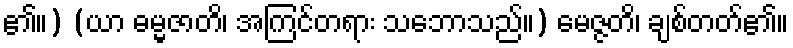
၏။) (ယာ ဓမ္မဇာတိ၊ အကြင်တရား သဘောသည်။) မေဇ္ဇတိ၊ ချစ်တတ်၏။